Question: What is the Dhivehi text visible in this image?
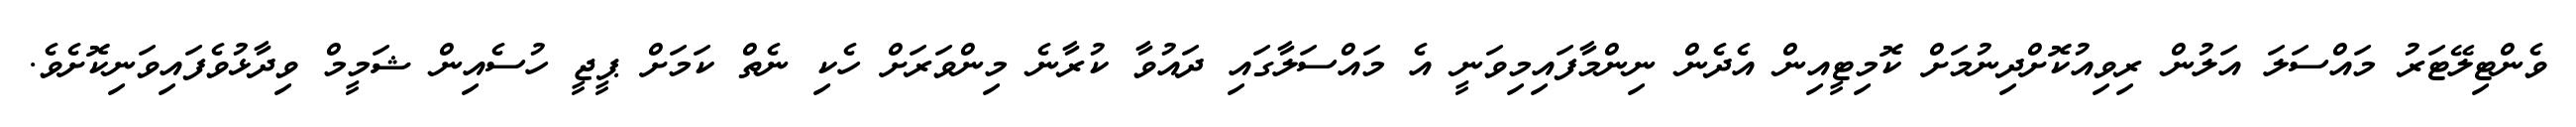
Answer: ވެންޓިލޭޓަރު މައްސަލަ އަލުން ރިވިއުކޮށްދިނުމަށް ކޮމިޓީއިން އެދެން ނިންމާފައިމިވަނީ އެ މައްސަލާގައި ދައުވާ ކުރާނެ މިންވަރަށް ހެކި ނެތް ކަމަށް ޕީޖީ ހުސެއިން ޝަމީމް ވިދާޅުވެފައިވަނިކޮށެވެ.